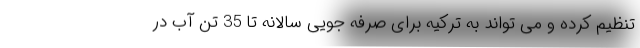
تنظیم کرده و می تواند به ترکیه برای صرفه جویی سالانه تا 35 تن آب در